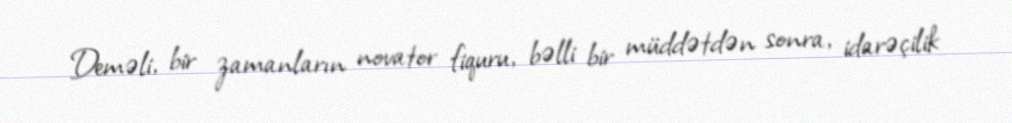
Deməli, bir zamanların novator fiquru, bəlli bir müddətdən sonra, idarəçilik